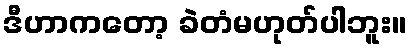
ဒီဟာကတော့ ခဲတံမဟုတ်ပါဘူး။